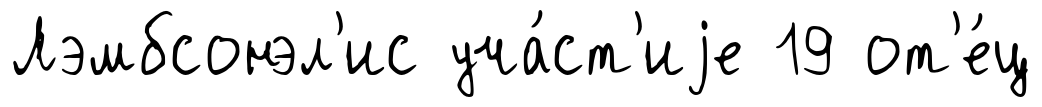
Лэмбсонэл'ис уча́ст'иjе 19 от'е́ц